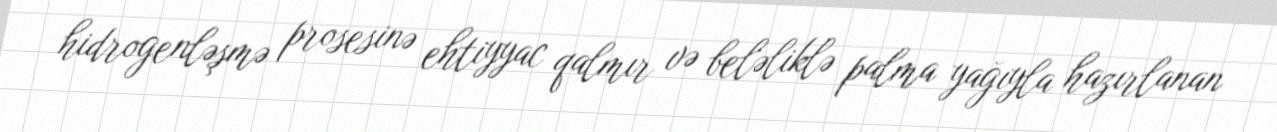
hidrogenləşmə prosesinə ehtiyyac qalmır və beləliklə palma yağıyla hazırlanan